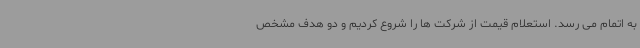
به اتمام می رسد. استعلام قیمت از شرکت ها را شروع کردیم و دو هدف مشخص